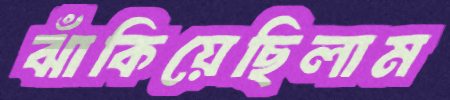
ঝাঁকিয়েছিলাম